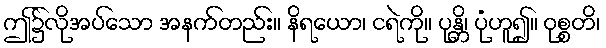
ဤ၌လိုအပ်သော အနက်တည်း။ နိရယော၊ ငရဲကို။ ပုန္တိ၊ ပုံဟူ၍။ ဝုစ္စတိ၊